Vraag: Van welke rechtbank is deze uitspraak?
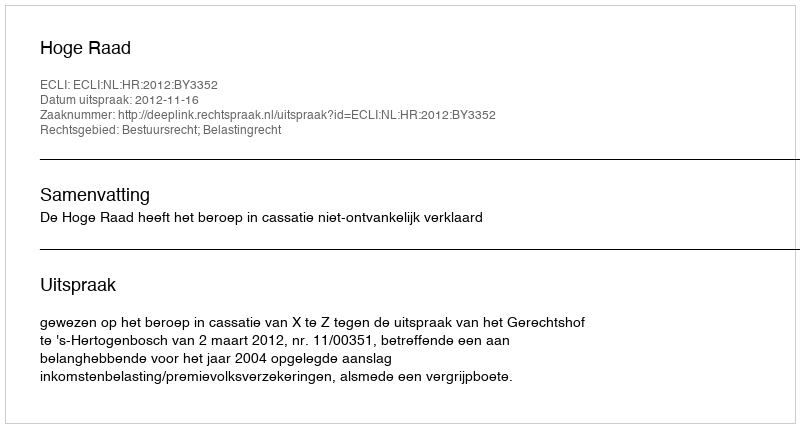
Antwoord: Hoge Raad